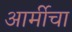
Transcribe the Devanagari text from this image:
आर्मीचा